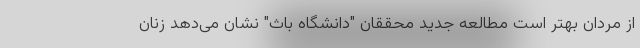
از مردان بهتر است مطالعه جدید محققان "دانشگاه باث" نشان می‌دهد زنان